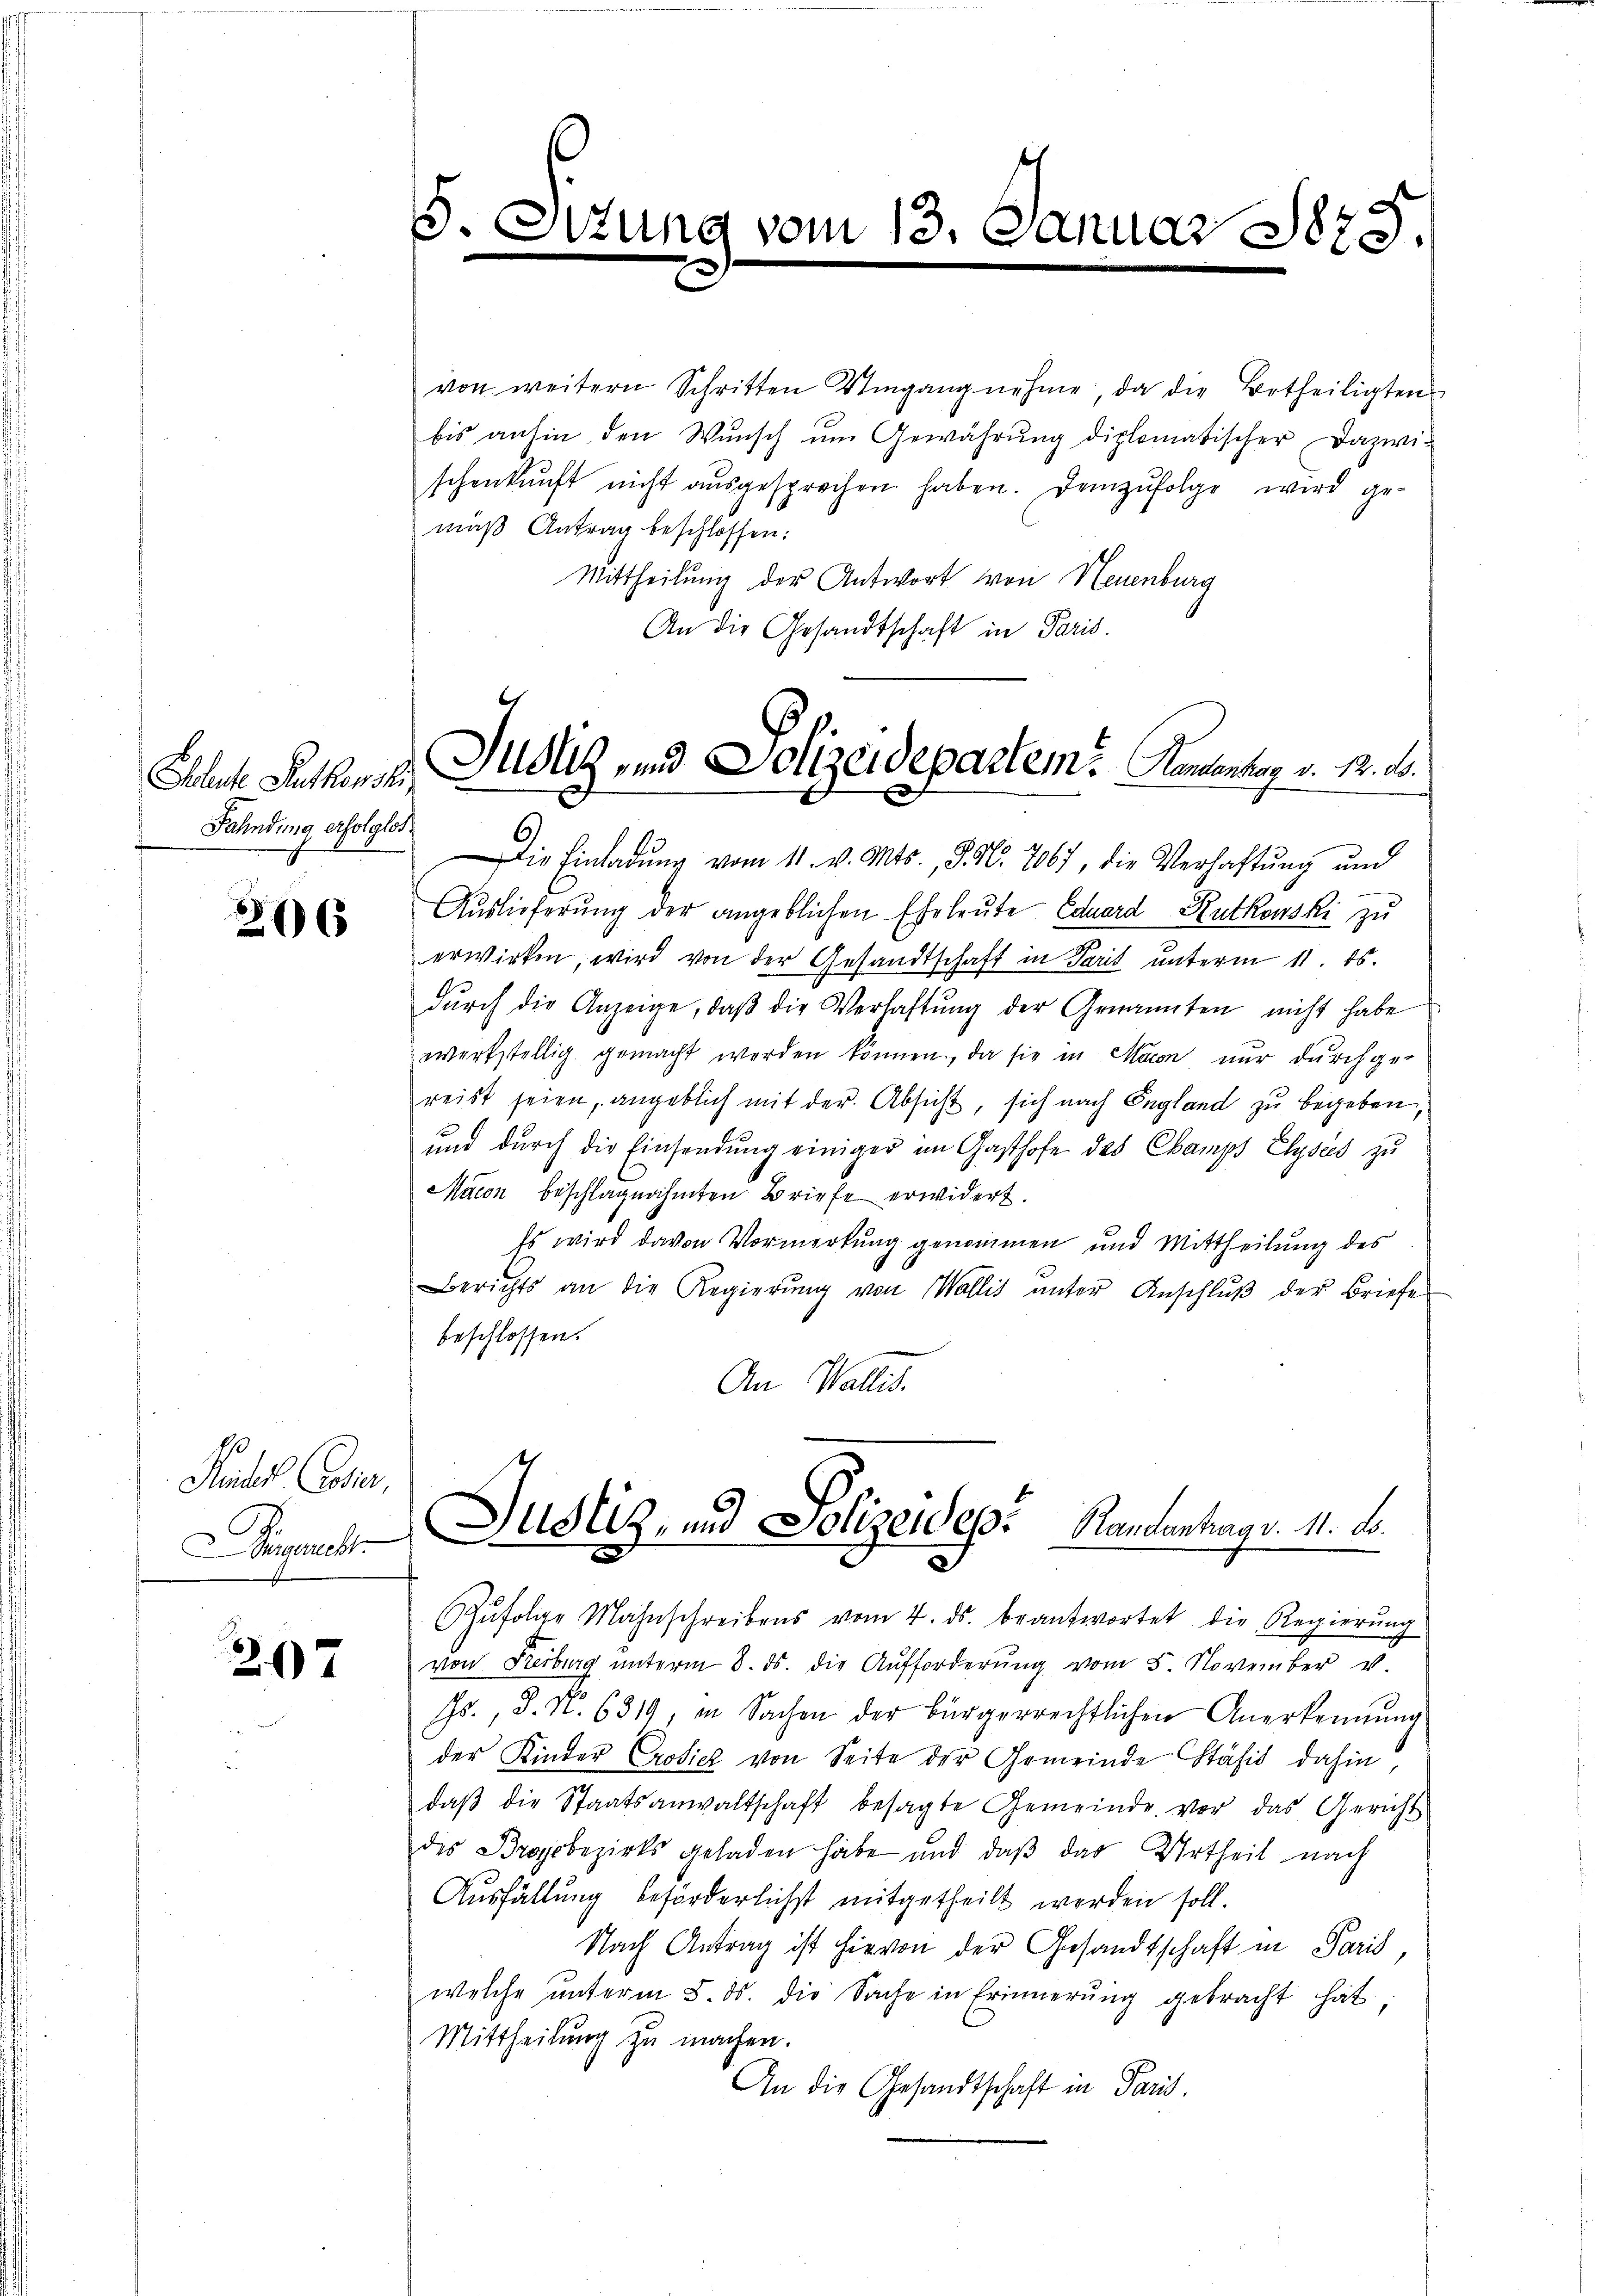
206

Finder Codic
Aigmacht

297

Beleute Auskonsti
Fahndung erfolglos.

M.

vom

13. Jan

uar 1875.

von weitern Schritten Umgang nehme, da die Betheiligten
bis anhin den Wunsch im Gewährung diplomatischer Dazwi-
schenkunft nicht aŭsgesprochen haben. Demzufolge wird gemaß Antrag beschlossen:
Mittheilung der Antwort von Neuenburg
An die Gesandtschaft in Paris.

Justiz- und Polizeidepartem. Komentar v. M. D.

Die Einladŭng vom 11. v. Mts., S. Nr. 7867, die Verhaftung und
Auslieferŭng der angeblichen Eheleute Eduard Rutkowski zu
erwirken, wird von der Gesandtschaft in Paris unterm 11. ds.
dŭrch die Anzeige, daβ die Verlastŭng der Genannten nicht habe
werkstellig gemacht werden können, da sie in Maion nur durchge-
reist seien, angeblich mit der Absicht, sich nach England zu begeben
und durch die Einsendung einiger im Gasthofe des Champf Elysees zu
Maion beschlagnahmten Briefe erwidert.
Es wird davon Vormerkung genommen und Mittheilung des
Berichts an die Regierŭng von Wallis ŭnter Anschlŭβ der Briefe
beschlossen.
An Wallis.
Justiz, und Polizeides Randantrag v. 11. d.
d
Zŭfolge Mahnschreibens vom 4. ds. beantwortet die Regierŭng
von Freiburg unterm 8. ds. die Aufforderŭng vom 5. November v
Js., S. Nr. 6319, in Sachen der bürgerrechtlichen Anerkennung
der Kinder Crodich von Seite der Gemeinde Stäfid dahin
daβ die Staatsanwaltschaft besagte Gemeinde vor das Gericht
des Broscbezirks geladen habe und daβ das Urtheil nach
Ausfällung beförderlichst mitgetheilt worden soll.
Nach Antrag ist hievon der Gesandtschaft in Paris,
welche ŭnterm 8. ds. die Sache in Erinnerung gebracht hat,
Mittheilung zu machen.
An die Gesandtschaft in Paris.